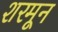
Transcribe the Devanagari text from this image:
शरमून